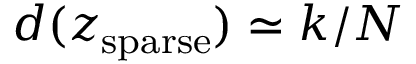
d ( z _ { \mathrm { s p a r s e } } ) \simeq k / N